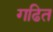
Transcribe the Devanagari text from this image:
गढित